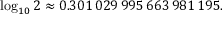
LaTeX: \log _ { 1 0 } 2 \approx 0 . 3 0 1 \, 0 2 9 \, 9 9 5 \, 6 6 3 \, 9 8 1 \, 1 9 5 .